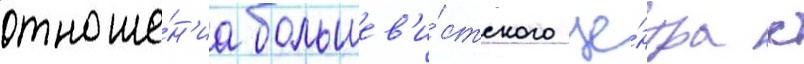
отноше́н'иа большев'и́стского це́нтра с